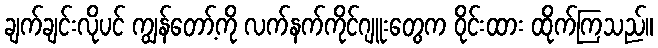
ချက်ချင်းလိုပင် ကျွန်တော့်ကို လက်နက်ကိုင်ဂျူးတွေက ဝိုင်းထား ထိုက်ကြသည်။